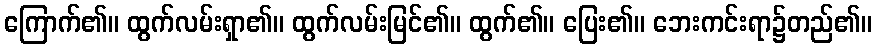
ကြောက်၏။ ထွက်လမ်းရှာ၏။ ထွက်လမ်းမြင်၏။ ထွက်၏။ ပြေး၏။ ဘေးကင်းရာ၌တည်၏။